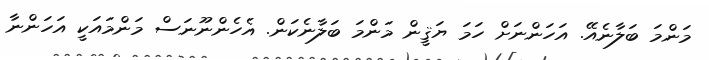
މަންމަ ބަލާނެއޭ. އަހަންނަށް ހަމަ ޔަޤީން މަންމަ ބަލާނެކަން. އެހެންނޫނަސް މަންމައަކީ އަހަންނާ